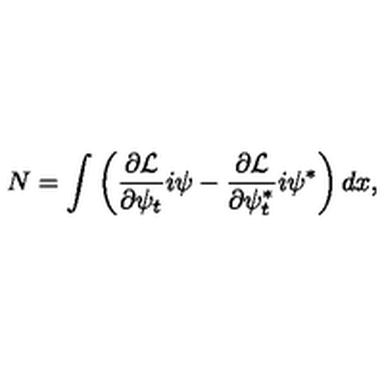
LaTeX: N = \int \left( \frac { \partial { \cal L } } { \partial \psi _ { t } } i \psi - \frac { \partial { \cal L } } { \partial \psi _ { t } ^ { * } } i \psi ^ { * } \right) d x ,